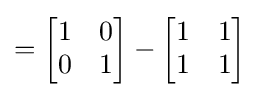
={\begin{bmatrix}1&0\\0&1\end{bmatrix}}-{\begin{bmatrix}1&1\\1&1\end{bmatrix}}